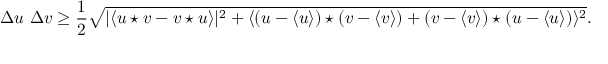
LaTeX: \Delta u ~ \Delta v \geq \frac { 1 } { 2 } \sqrt { | \langle u \star v - v \star u \rangle | ^ { 2 } + \langle ( u - \langle u \rangle ) \star ( v - \langle v \rangle ) + ( v - \langle v \rangle ) \star ( u - \langle u \rangle ) \rangle ^ { 2 } } .